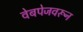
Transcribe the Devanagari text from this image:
वेबपेजवरून